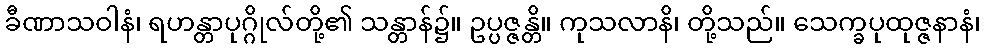
ခီဏာသဝါနံ၊ ရဟန္တာပုဂ္ဂိုလ်တို့၏ သန္တာန်၌။ ဥပ္ပဇ္ဇန္တိ။ ကုသလာနိ၊ တို့သည်။ သေက္ခပုထုဇ္ဇနာနံ၊